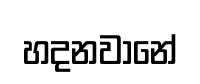
හදනවානේ